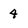
Character: 4